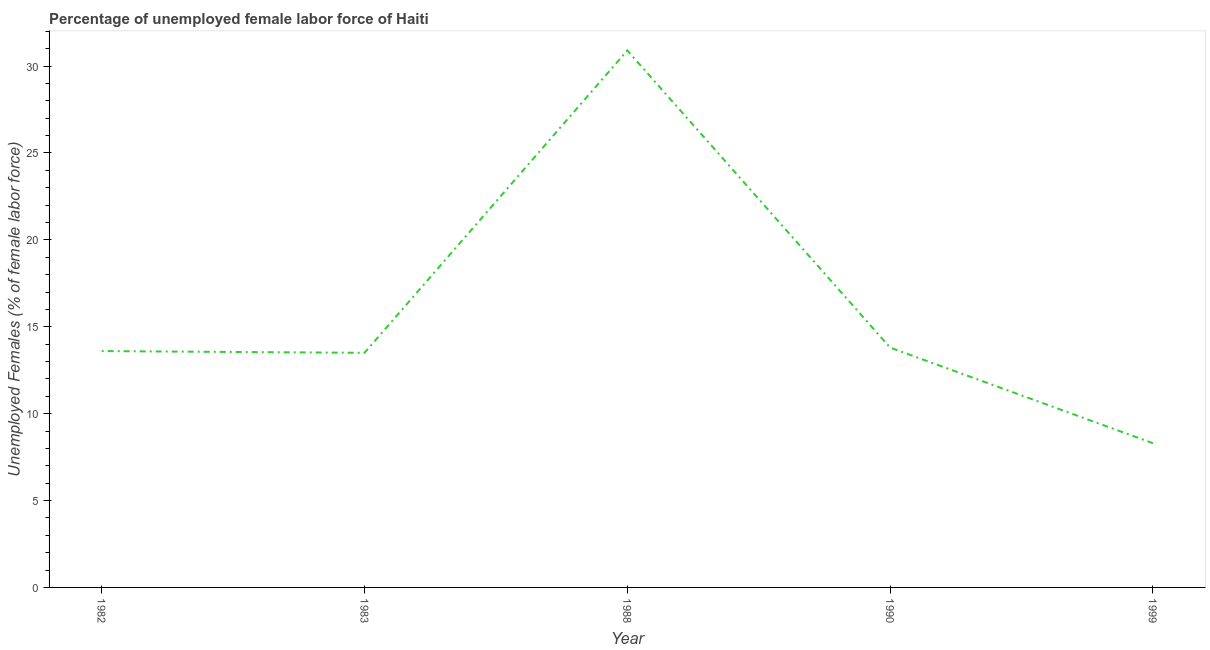
| Year | Unemployment female |
 | --- | --- |
 | 1982 | 13.6 |
 | 1983 | 13.5 |
 | 1988 | 30.9 |
 | 1990 | 13.8 |
 | 1999 | 8.3 |